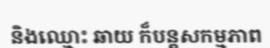
និងឈ្មោះ ឆាយ ក៏បន្តសកម្មភាព